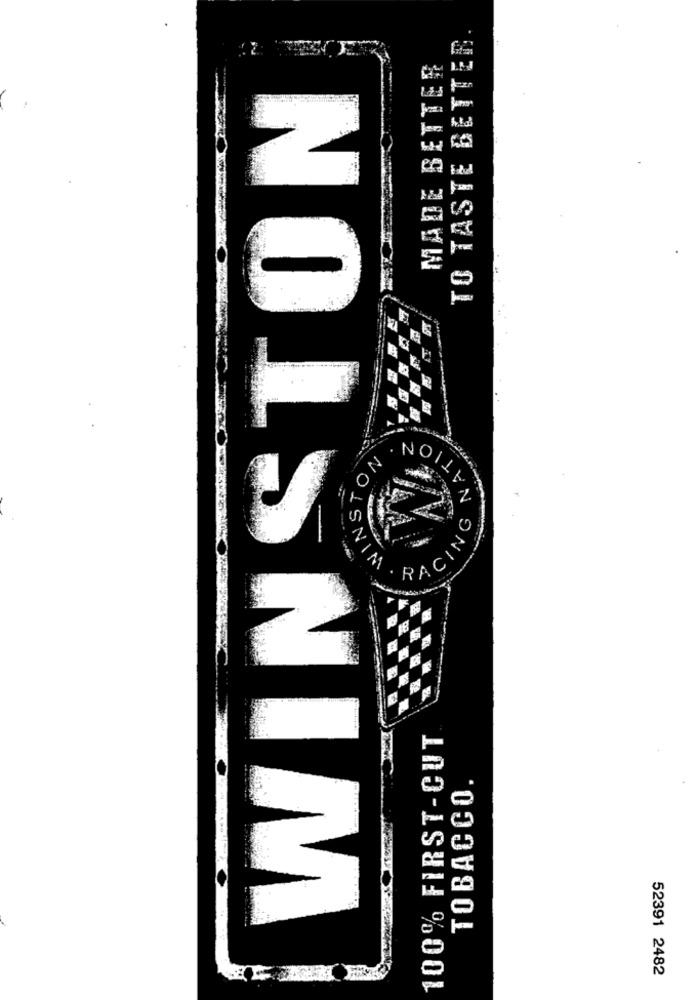
TO TASTE BETTER
WINSTON
MADE BETTER
10
WINSTON
N
100% FIRST-CUT
TOBACCO.
52391 2482